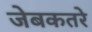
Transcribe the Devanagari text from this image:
जेबकतरे